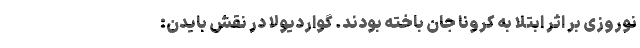
نوروزی بر اثر ابتلا به کرونا جان باخته بودند. گواردیولا در نقش بایدن: